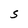
Character: S